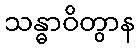
သန္ဓာဝိတွာန